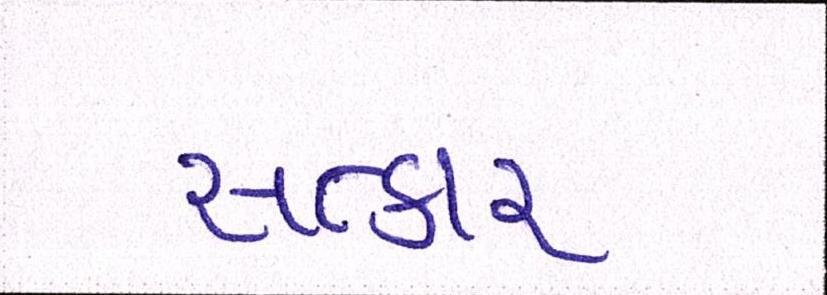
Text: સત્કાર